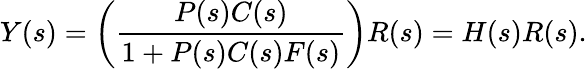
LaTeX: Y(s)=\left({\frac{P(s)C(s)}{1+P(s)C(s)F(s)}}\right)R(s)=H(s)R(s).